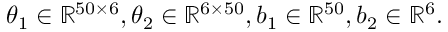
\mathrm { ~ \, ~ \, ~ } \theta _ { 1 } \in \mathbb { R } ^ { 5 0 \times 6 } , \theta _ { 2 } \in \mathbb { R } ^ { 6 \times 5 0 } , b _ { 1 } \in \mathbb { R } ^ { 5 0 } , b _ { 2 } \in \mathbb { R } ^ { 6 } .